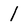
Character: l